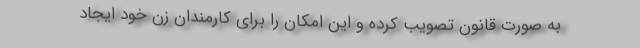
به صورت قانون تصویب کرده و این امکان را برای کارمندان زن خود ایجاد